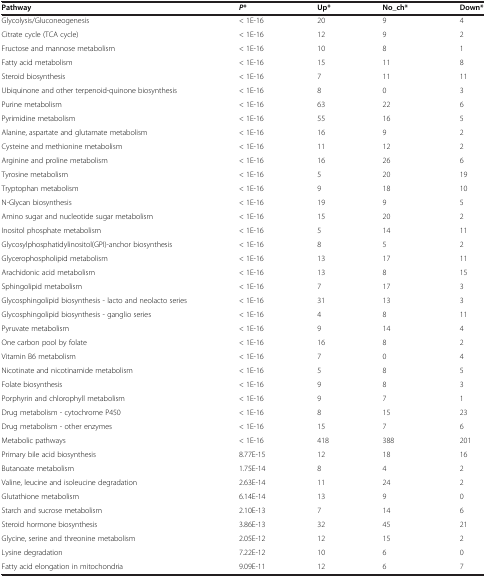
<table><thead><tr><td><b>Pathway</b></td><td><b><i>P</i>*</b></td><td><b>Up*</b></td><td><b>No_ch*</b></td><td><b>Down*</b></td></tr></thead><tbody><tr><td>Glycolysis/Gluconeogenesis</td><td>&lt; 1E-16</td><td>20</td><td>9</td><td>4</td></tr><tr><td>Citrate cycle (TCA cycle)</td><td>&lt; 1E-16</td><td>12</td><td>9</td><td>2</td></tr><tr><td>Fructose and mannose metabolism</td><td>&lt; 1E-16</td><td>10</td><td>8</td><td>1</td></tr><tr><td>Fatty acid metabolism</td><td>&lt; 1E-16</td><td>15</td><td>11</td><td>8</td></tr><tr><td>Steroid biosynthesis</td><td>&lt; 1E-16</td><td>7</td><td>11</td><td>11</td></tr><tr><td>Ubiquinone and other terpenoid-quinone biosynthesis</td><td>&lt; 1E-16</td><td>8</td><td>0</td><td>3</td></tr><tr><td>Purine metabolism</td><td>&lt; 1E-16</td><td>63</td><td>22</td><td>6</td></tr><tr><td>Pyrimidine metabolism</td><td>&lt; 1E-16</td><td>55</td><td>16</td><td>5</td></tr><tr><td>Alanine, aspartate and glutamate metabolism</td><td>&lt; 1E-16</td><td>16</td><td>9</td><td>2</td></tr><tr><td>Cysteine and methionine metabolism</td><td>&lt; 1E-16</td><td>11</td><td>12</td><td>2</td></tr><tr><td>Arginine and proline metabolism</td><td>&lt; 1E-16</td><td>16</td><td>26</td><td>6</td></tr><tr><td>Tyrosine metabolism</td><td>&lt; 1E-16</td><td>5</td><td>20</td><td>19</td></tr><tr><td>Tryptophan metabolism</td><td>&lt; 1E-16</td><td>9</td><td>18</td><td>10</td></tr><tr><td>N-Glycan biosynthesis</td><td>&lt; 1E-16</td><td>19</td><td>9</td><td>5</td></tr><tr><td>Amino sugar and nucleotide sugar metabolism</td><td>&lt; 1E-16</td><td>15</td><td>20</td><td>2</td></tr><tr><td>Inositol phosphate metabolism</td><td>&lt; 1E-16</td><td>5</td><td>14</td><td>11</td></tr><tr><td>Glycosylphosphatidylinositol(GPI)-anchor biosynthesis</td><td>&lt; 1E-16</td><td>8</td><td>5</td><td>2</td></tr><tr><td>Glycerophospholipid metabolism</td><td>&lt; 1E-16</td><td>13</td><td>17</td><td>11</td></tr><tr><td>Arachidonic acid metabolism</td><td>&lt; 1E-16</td><td>13</td><td>8</td><td>15</td></tr><tr><td>Sphingolipid metabolism</td><td>&lt; 1E-16</td><td>7</td><td>17</td><td>3</td></tr><tr><td>Glycosphingolipid biosynthesis - lacto and neolacto series</td><td>&lt; 1E-16</td><td>31</td><td>13</td><td>3</td></tr><tr><td>Glycosphingolipid biosynthesis - ganglio series</td><td>&lt; 1E-16</td><td>4</td><td>8</td><td>11</td></tr><tr><td>Pyruvate metabolism</td><td>&lt; 1E-16</td><td>9</td><td>14</td><td>4</td></tr><tr><td>One carbon pool by folate</td><td>&lt; 1E-16</td><td>16</td><td>8</td><td>2</td></tr><tr><td>Vitamin B6 metabolism</td><td>&lt; 1E-16</td><td>7</td><td>0</td><td>4</td></tr><tr><td>Nicotinate and nicotinamide metabolism</td><td>&lt; 1E-16</td><td>5</td><td>8</td><td>5</td></tr><tr><td>Folate biosynthesis</td><td>&lt; 1E-16</td><td>9</td><td>8</td><td>3</td></tr><tr><td>Porphyrin and chlorophyll metabolism</td><td>&lt; 1E-16</td><td>9</td><td>7</td><td>1</td></tr><tr><td>Drug metabolism - cytochrome P450</td><td>&lt; 1E-16</td><td>8</td><td>15</td><td>23</td></tr><tr><td>Drug metabolism - other enzymes</td><td>&lt; 1E-16</td><td>15</td><td>7</td><td>6</td></tr><tr><td>Metabolic pathways</td><td>&lt; 1E-16</td><td>418</td><td>388</td><td>201</td></tr><tr><td>Primary bile acid biosynthesis</td><td>8.77E-15</td><td>12</td><td>18</td><td>16</td></tr><tr><td>Butanoate metabolism</td><td>1.75E-14</td><td>8</td><td>4</td><td>2</td></tr><tr><td>Valine, leucine and isoleucine degradation</td><td>2.63E-14</td><td>11</td><td>24</td><td>2</td></tr><tr><td>Glutathione metabolism</td><td>6.14E-14</td><td>13</td><td>9</td><td>0</td></tr><tr><td>Starch and sucrose metabolism</td><td>2.10E-13</td><td>7</td><td>14</td><td>6</td></tr><tr><td>Steroid hormone biosynthesis</td><td>3.86E-13</td><td>32</td><td>45</td><td>21</td></tr><tr><td>Glycine, serine and threonine metabolism</td><td>2.05E-12</td><td>12</td><td>15</td><td>2</td></tr><tr><td>Lysine degradation</td><td>7.22E-12</td><td>10</td><td>6</td><td>0</td></tr><tr><td>Fatty acid elongation in mitochondria</td><td>9.09E-11</td><td>12</td><td>6</td><td>7</td></tr></tbody></table>